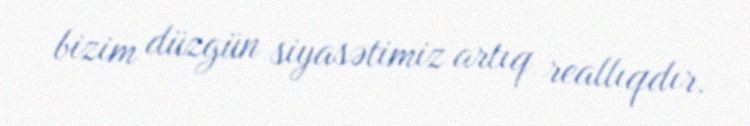
bizim düzgün siyasətimiz artıq reallıqdır.